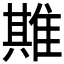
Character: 𨿣